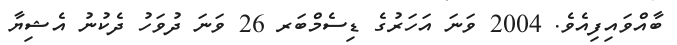
ބާއްވައިފިއެވެ. 2004 ވަނަ އަހަރުގެ ޑިސެމްބަރ 26 ވަނަ ދުވަހު ދެކުނު އެޝިޔާ